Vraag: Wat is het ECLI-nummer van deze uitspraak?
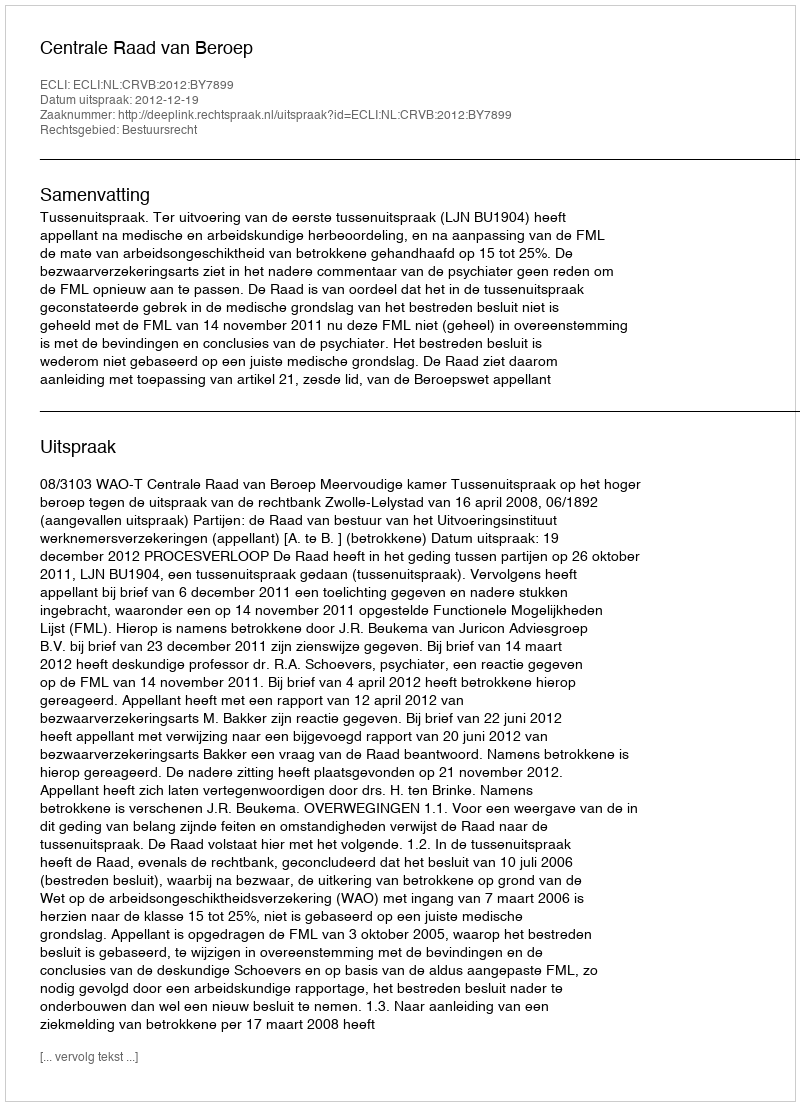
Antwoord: ECLI:NL:CRVB:2012:BY7899